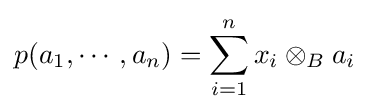
p(a_{1},\cdots ,a_{n})=\sum _{i=1}^{n}x_{i}\otimes _{B}a_{i}